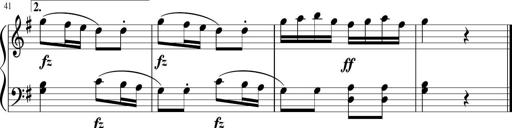
Title: 6 Progressive Sonatinas
Composer: Johann Anton AndrÃ©